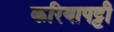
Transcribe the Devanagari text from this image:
करियापट्टी